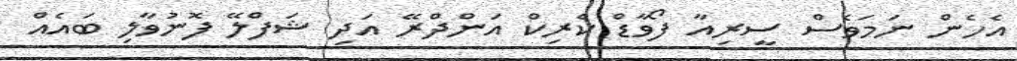
އެހެން ނަމަވެސް ސީރިއާ ފޯވާޑް ކެރިކް އަންދްރޭ އަދި ޝަފްލޭ ފޮނުވާލި ބައެއް